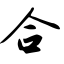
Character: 合